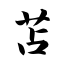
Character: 苫